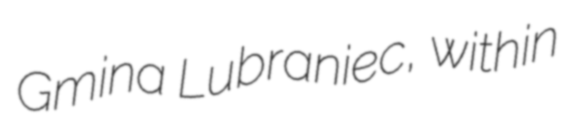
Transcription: Gmina Lubraniec, within